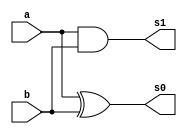

// ------------------------------------
// Exemplo0044 - COMPLEMENTO DE 2
// Nome: Guilherme Diniz de Assumpo
// ------------------------------------


module halfAdder(output s0,output s1,
					input a,input b);
	xor xor1(s0,a,b);
	and and1(s1,a,b);
endmodule //halfadder

module fullAdder(output s,output carryOut,
input a,input b,input carryIn);
	wire w0,w1,w2;
	halfAdder hf1(w0,w1,a,b);
	halfAdder hf2(s,w2,w0,carryIn);
	or or1(carryOut,w2,w1);
endmodule //fullAdder

module fullAdder3bits(output [2:0]s,
		input [2:0]a, input[2:0]b, input carryIn);
	wire [2:0]carryOut,w1;
	fullAdder fa1(s[0],carryOut[0],a[0],b[0],carryIn);
	fullAdder fa2(s[1],carryOut[1],a[1],b[1],carryOut[0]);
	fullAdder fa3(s[2],carryOut[2],a[2],b[2],carryOut[1]);
endmodule //fullAdder3bits

module complemento(output [2:0]s, input [2:0]x);
	reg carryOut;
	wire [2:0]aux1;
	not not1(aux1[0],x[0]);
	not not2(aux1[1],x[1]);
	not not3(aux1[2],x[2]);
	fullAdder3bits fa1(s,aux1,3'b000,1'b1);
endmodule //complemento

module principal;

	reg [2:0]a;
	wire [2:0]s;
	complemento c2(s,a);
	initial begin
		$display("Exemplo0025 - Guilherme Diniz de Assumpo - 462269"); 
		$display("Test LU's complemento de 2");
		a = 0;
		$display("c2(a) = s");
		$monitor("c2(%4b) = %4b",a,s);
		#1 a = 1;
		#1 a = 2;
		#1 a = 3;
		#1 a = 4;
		#1 a = 5;
		#1 a = 6;
		#1 a = 7;
		end

endmodule //principal